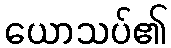
ယောသပ်၏